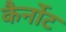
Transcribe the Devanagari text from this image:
कैर्नोट